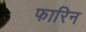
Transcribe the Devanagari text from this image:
फारिन